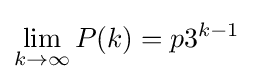
\lim _{k\to \infty }P(k)=p3^{k-1}